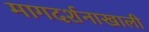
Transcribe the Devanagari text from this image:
मागदर्शनाखाली